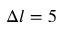
\Delta l = 5